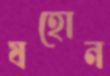
যহোন